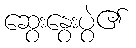
ဆွေးနွေးပွဲ၏